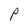
Character: P